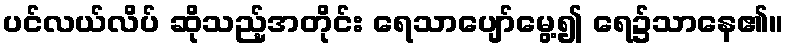
ပင်လယ်လိပ် ဆိုသည့်အတိုင်း ရေသာပျော်မွေ့၍ ရေ၌သာနေ၏။